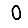
Digit: 0